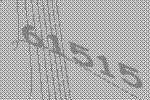
61515